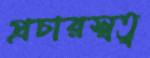
প্রচারস্বত্ব